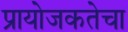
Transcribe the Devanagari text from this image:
प्रायोजकतेचा